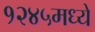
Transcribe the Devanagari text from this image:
१२४५मध्ये